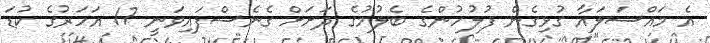
އެ މައްސަލައާ ގުޅިގެން ފުލުހުންގެ ބެލުމުގެ ދަށަށް ގެނެސްފައިވަނީ 17 އަހަރުގެ ކުޑަ